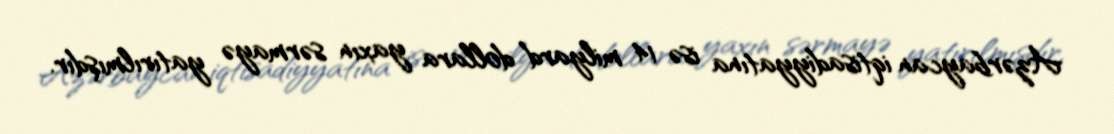
Azərbaycan iqtisadiyyatına isə 14 milyard dollara yaxın sərmayə yatırılmışdır.